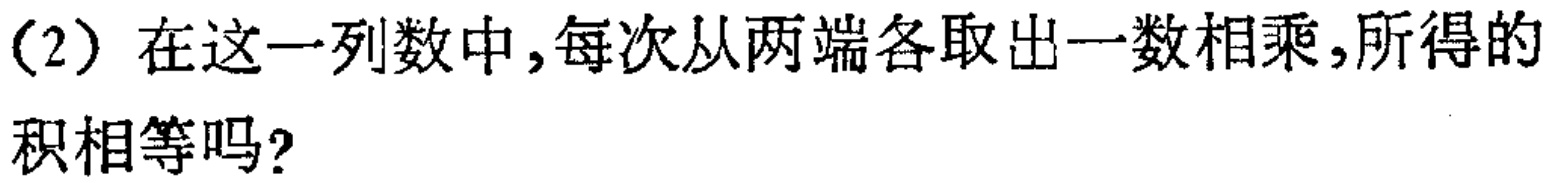
(2)在这一列数中,每次从两端各取出一数相乘,所得的积相等吗?